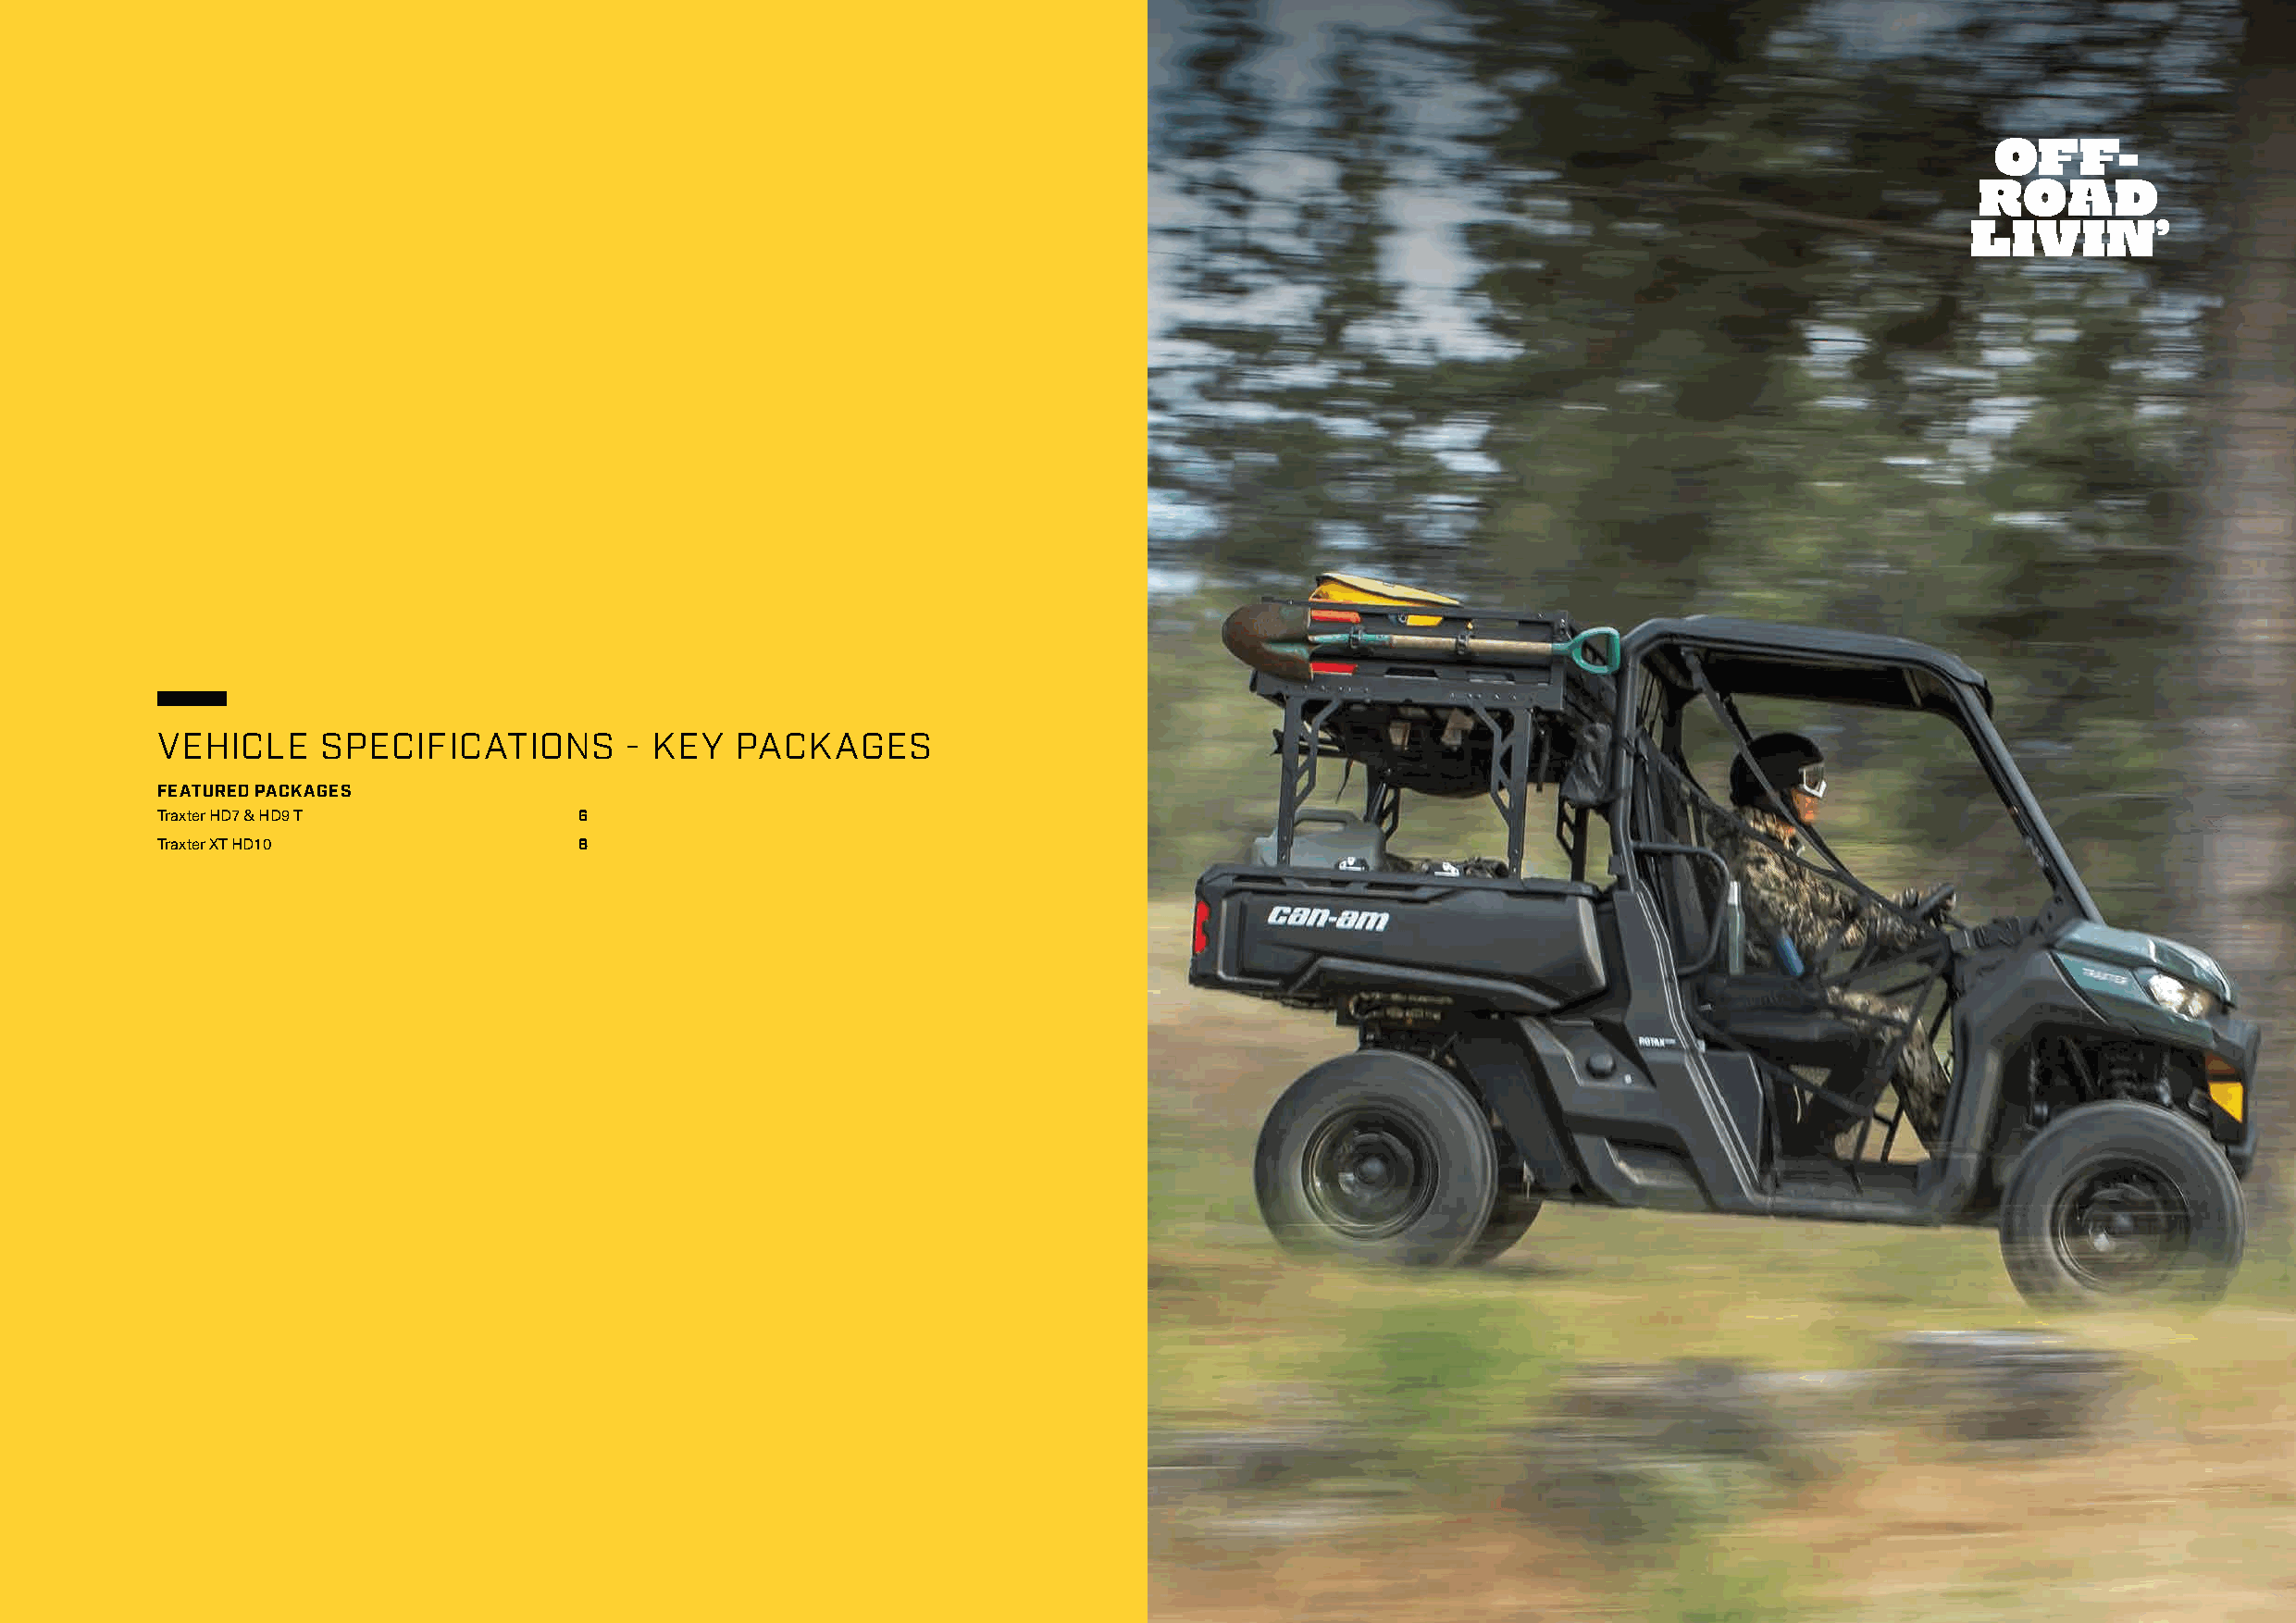
VEHICLE     SPECIFICATIONS        - KEY   PACKAGES
 FEATURED PACKAGES
 Traxter HD7 & HD9 T           6
 Traxter XT HD10               8